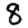
Digit: 8